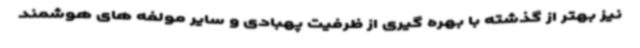
نیز بهتر از گذشته با بهره گیری از ظرفیت پهبادی و سایر مولفه های هوشمند